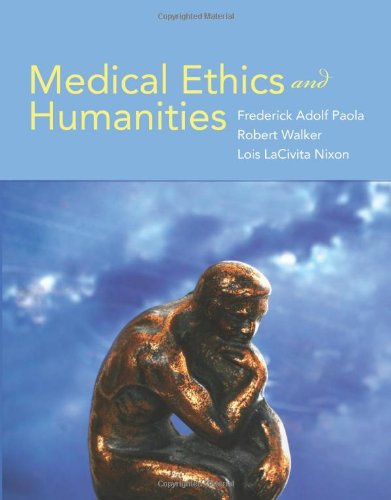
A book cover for Medical Ethics And Humanities; Frederick Adolf Paola; Medical Books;